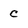
Character: c